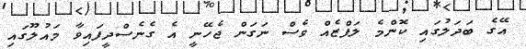
އޭގެ ބަދަލުގައި ކޮންމެ ލަފްޒެއް ވެސް ނަގަން ޖެހޭނީ އެ ގެނެސްދީފައިވާ މައުލޫގައި